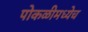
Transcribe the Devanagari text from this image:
पोकळीमध्येच